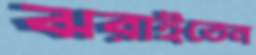
ঝরাইতেন